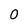
Character: 0